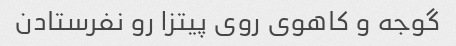
گوجه و کاهوی روی پیتزا رو نفرستادن